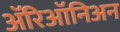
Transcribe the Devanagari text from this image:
ॲरिऑनिअन